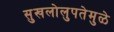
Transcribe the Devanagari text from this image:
सुखलोलुपतेमुळे